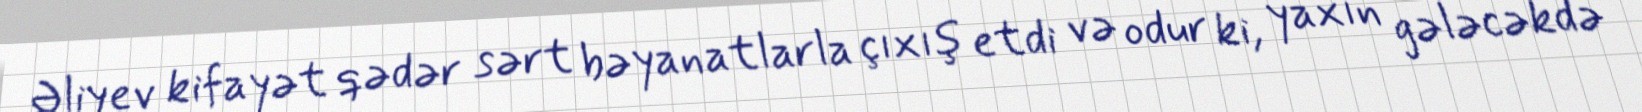
Əliyev kifayət qədər sərt bəyanatlarla çıxış etdi və odur ki, yaxın gələcəkdə